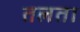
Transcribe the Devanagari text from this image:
तलता